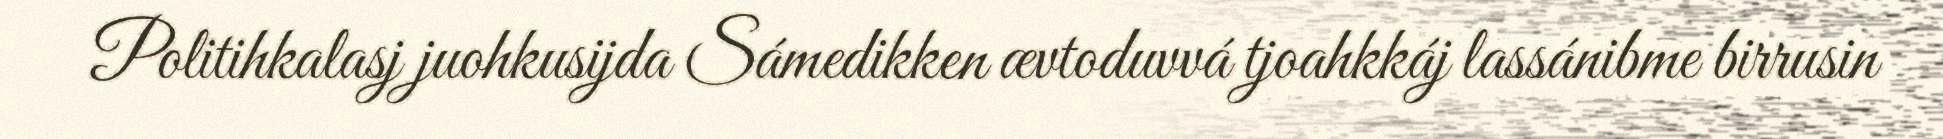
Politihkalasj juohkusijda Sámedikken ævtoduvvá tjoahkkáj lassánibme birrusin